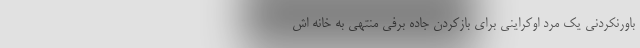
باورنکردنی یک مرد اوکراینی برای بازکردن جاده برفی منتهی به خانه اش